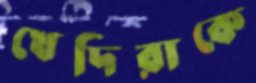
খেদিরাকে